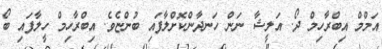
އަމްމް އިބްރާހިމް ދޯ. އަލީޝާާ ނަން ހަނދާންކޮށްލާފައި ބުންޏެވެ. އިބްރާހިމް ހީލާފައި ބޯ